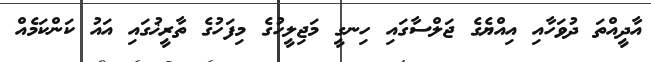
އާދީއްތަ ދުވަހާއި އިއްޔެގެ ޖަލްސާގައި ހިނގީ މަޖިލީހުގެ މިފަހުގެ ތާރީޚުގައި އައު ކަންކަމެއް